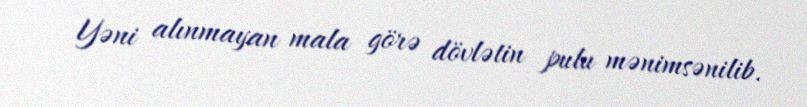
Yəni alınmayan mala görə dövlətin pulu mənimsənilib.